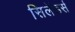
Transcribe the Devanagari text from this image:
सिलेंडर्स